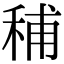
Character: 秿